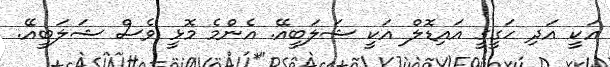
އަކީ އަދި ހަގީގީ އައިޑޮލް އަކީ ޝަލަބީއޭ. އެންމެ މޮޅީ ވެސް ޝަލަބީއޭ.